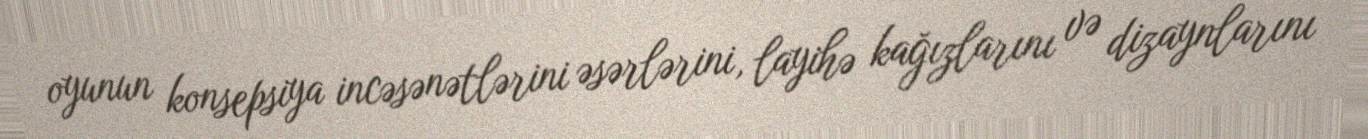
oyunun konsepsiya incəsənətlərini əsərlərini, layihə kağızlarını və dizaynlarını